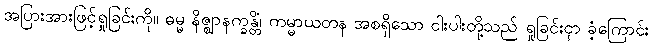
အပြားအားဖြင့်ရှုခြင်းကို။ ဓမ္မ နိဇ္ဈာနက္ခန္တိံ၊ ကမ္မာယတန အစရှိသော ငါးပါးတို့သည် ရှုခြင်းငှာ ခံ့ကြောင်း